Annual report of the Bengal Veterinary College and of the Civil Veterinary Department, Bengal, for the year 1911-1912 - 1911-1912
Year: 1911
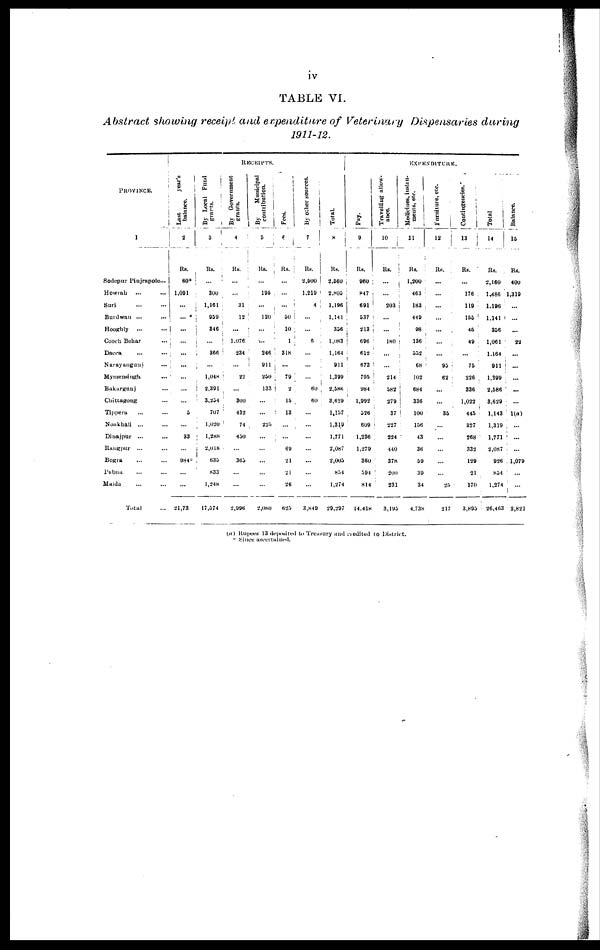
iv
TABLE VI.
Abstract showing receipt and expenditure of Veterinary Dispensaries during
1911-12.
PROVINCE.
l
Sodepur Pinjrapole ...
Howrah ... ...
Suri ... ...
Burdwan ... ...
Hooghly
... ...
Cooch Behar ...
Dacca ... ...
Nurayangunj ...
Mymensingh ...
Bakargunj ... ...
Chittagoug ...
Tippera ... ...
Noakhali
...
...
Dinajpur ... ...
Rangpur ... ...
Bogra ... ...
Pabna ... ...
Malda
...
...
Total ...
RECEIPTS.
Last
year's
balance.
2
Rs.
6*
1,091
...
...
...
...
...
...
...
...
...
5
...
33
...
984*
...
...
21,73
By Local Fund
grants.
3
Rs.
...
300
1,161
959
846
...
366
...
1,048
2,391
3,254
707
1,020
1,288
2,018
635
833
1,248
17,574
By Government
grants.
4
Rs.
...
...
31
12
...
1,076
234
...
22
...
300
432
74
430
...
365
...
...
2,996
By
Municipal
contribution.
5
Rs.
...
195
...
120
...
...
246
911
250
133
...
...
225
...
...
...
...
...
2,080
Fees.
6
Rs.
...
...
...
50
10
1
318
...
79
2
15
13
...
...
69
21
21
26
625
By other sources.
7
Rs.
2,500
1,219
4
...
...
6
...
...
...
60
60
...
...
...
...
...
...
...
3,849
Total.
8
Rs.
2,560
2,805
1,196
1,141
356
1,083
1,164
911
1,399
2,586
3,629
1,157
1,319
1,771
2,087
2,003
854
1,274
29,297
EXPENDITURE.
Pay.
9
Rs.
960
847
691
537
213
696
612
673
795
984
1,992
326
609
1,236
1,279
360
594
814
14,418
Travelling allow-
ance.
10
Rs.
...
...
203
...
...
180
...
...
214
582
279
37
227
224
440
378
200
231
3,195
Medicines, instru-
ments, etc.
11
Rs.
1,200
463
183
449
98
136
552
68
102
684
336
100
156
43
36
59
39
34
4,738
Furniture, etc.
12
Rs.
...
...
...
...
...
...
...
95
62
...
...
35
...
...
...
...
...
25
217
Contingencies.
13
Rs.
...
176
119
155
45
49
...
75
226
336
1,022
445
327
268
332
129
21
170
3,893
Total
14
Rs.
2,160
1,486
1,196
1,141
356
1,061
1,164
911
1,399
2,586
3,629
1,143
1,319
1,771
2,087
926
854
1,274
26,463
Balance.
15
Rs.
400
1,319
...
...
...
22
...
...
...
...
...
1(a)
...
...
...
1,079
...
...
2,821
(a) Rupees 13 duposited to Treasury and credited to District.
Since ascertained.